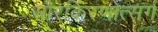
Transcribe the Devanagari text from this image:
सौरकिरणोत्सर्ग